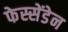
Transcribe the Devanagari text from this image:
फेस्सेंडेन